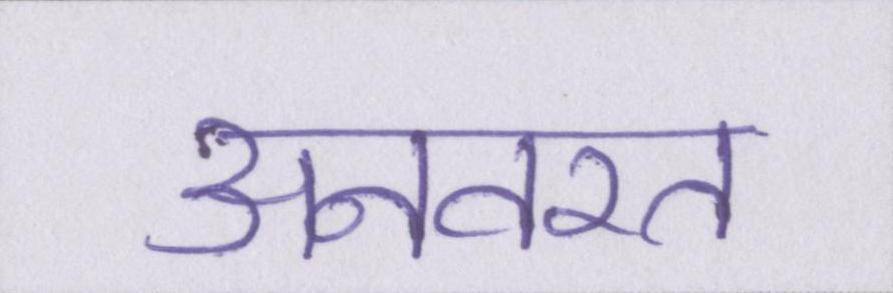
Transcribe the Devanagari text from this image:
अनवरत